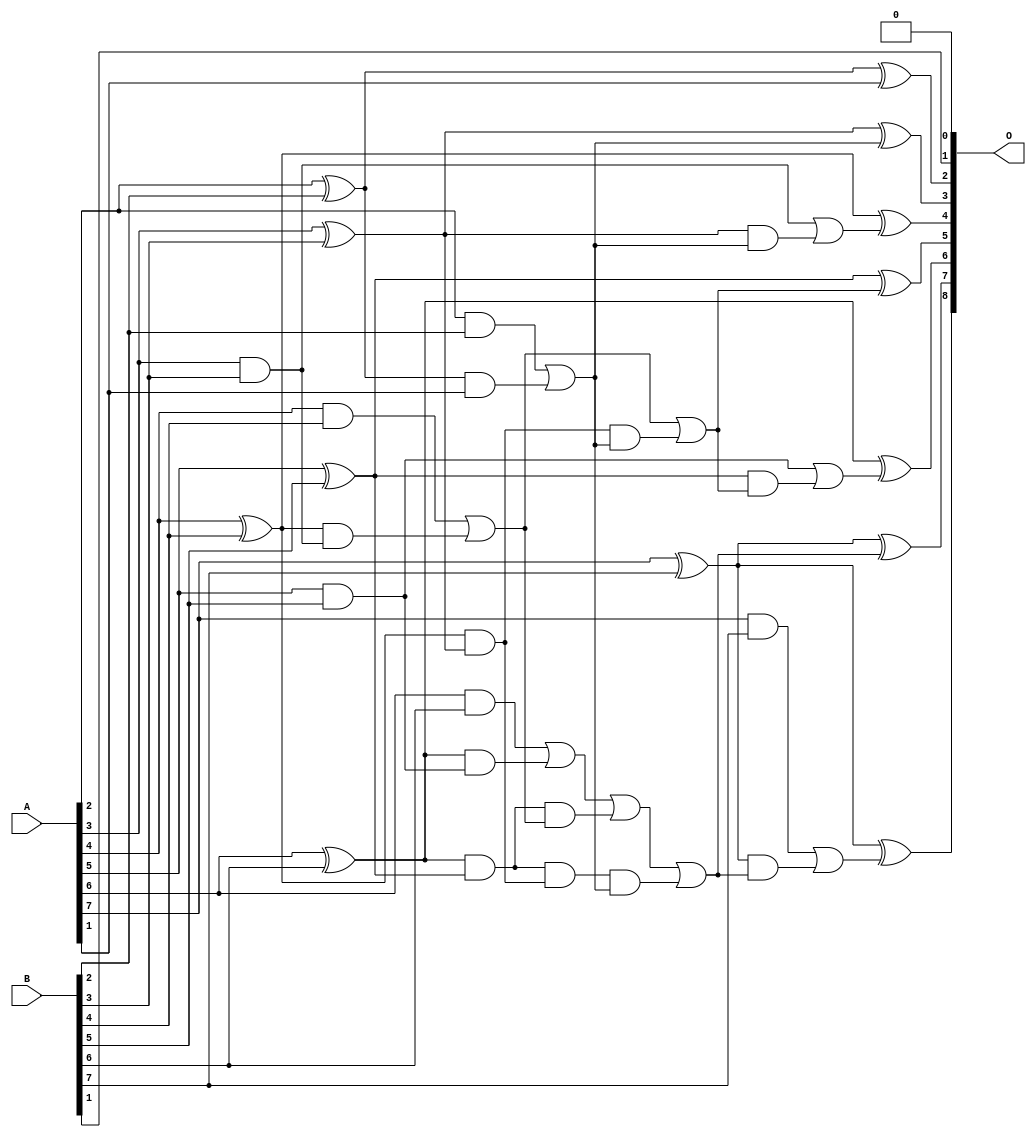
/***
* This code is a part of EvoApproxLib library (ehw.fit.vutbr.cz/approxlib) distributed under The MIT License.
* When used, please cite the following article(s): V. Mrazek, L. Sekanina, Z. Vasicek "Libraries of Approximate Circuits: Automated Design and Application in CNN Accelerators" IEEE Journal on Emerging and Selected Topics in Circuits and Systems, Vol 10, No 4, 2020 
* This file contains a circuit from a sub-set of pareto optimal circuits with respect to the pwr and mse parameters
***/
// MAE% = 0.39 %
// MAE = 1.0 
// WCE% = 0.78 %
// WCE = 2.0 
// WCRE% = 100.00 %
// EP% = 75.00 %
// MRE% = 4.02 %
// MSE = 1.5 
// PDK45_PWR = 0.028 mW
// PDK45_AREA = 57.7 um2
// PDK45_DELAY = 0.51 ns

module add8se_91Y (
    A,
    B,
    O
);

input [7:0] A;
input [7:0] B;
output [8:0] O;

wire sig_20,sig_21,sig_22,sig_23,sig_24,sig_25,sig_26,sig_27,sig_28,sig_29,sig_30,sig_31,sig_32,sig_33,sig_35,sig_36,sig_37,sig_38,sig_39,sig_40;
wire sig_41,sig_44,sig_45,sig_46,sig_47,sig_48,sig_49,sig_50,sig_53,sig_54,sig_55,sig_56,sig_57,sig_58,sig_60,sig_61,sig_62,sig_63,sig_64,sig_65;
wire sig_66;

assign sig_20 = A[2] & B[2];
assign sig_21 = A[2] ^ B[2];
assign sig_22 = A[3] & B[3];
assign sig_23 = A[3] ^ B[3];
assign sig_24 = A[4] & B[4];
assign sig_25 = A[4] ^ B[4];
assign sig_26 = A[5] & B[5];
assign sig_27 = A[5] ^ B[5];
assign sig_28 = A[6] & B[6];
assign sig_29 = A[6] ^ B[6];
assign sig_30 = A[7] & B[7];
assign sig_31 = A[7] ^ B[7];
assign sig_32 = A[7] ^ B[7];
assign sig_33 = sig_21 & A[1];
assign sig_35 = sig_20 | sig_33;
assign sig_36 = sig_25 & sig_22;
assign sig_37 = sig_25 & sig_23;
assign sig_38 = sig_24 | sig_36;
assign sig_39 = sig_29 & sig_26;
assign sig_40 = sig_29 & sig_27;
assign sig_41 = sig_28 | sig_39;
assign sig_44 = sig_40 & sig_38;
assign sig_45 = sig_40 & sig_37;
assign sig_46 = sig_41 | sig_44;
assign sig_47 = sig_45 & sig_35;
assign sig_48 = sig_46 | sig_47;
assign sig_49 = sig_37 & sig_35;
assign sig_50 = sig_38 | sig_49;
assign sig_53 = sig_23 & sig_35;
assign sig_54 = sig_22 | sig_53;
assign sig_55 = sig_27 & sig_50;
assign sig_56 = sig_26 | sig_55;
assign sig_57 = sig_31 & sig_48;
assign sig_58 = sig_30 | sig_57;
assign sig_60 = sig_21 ^ A[1];
assign sig_61 = sig_23 ^ sig_35;
assign sig_62 = sig_25 ^ sig_54;
assign sig_63 = sig_27 ^ sig_50;
assign sig_64 = sig_29 ^ sig_56;
assign sig_65 = sig_31 ^ sig_48;
assign sig_66 = sig_32 ^ sig_58;

assign O[8] = sig_66;
assign O[7] = sig_65;
assign O[6] = sig_64;
assign O[5] = sig_63;
assign O[4] = sig_62;
assign O[3] = sig_61;
assign O[2] = sig_60;
assign O[1] = B[1];
assign O[0] = 1'b0;

endmodule